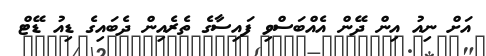
އަށް ނިއު އިން ދޭން އެއްބަސްވި ފައިސާގެ ތެރެއިން ދެބައިގެ ޑިއު ޑޭޓް